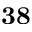
\mathbf { 3 8 }